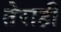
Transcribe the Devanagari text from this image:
तेराही